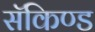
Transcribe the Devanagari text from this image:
सॅकिण्ड